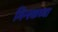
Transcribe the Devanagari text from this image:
मिन्स्कच्या